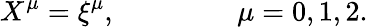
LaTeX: X^{\mu}=\xi^{\mu},\qquad\qquad\ \mu=0,1,2.